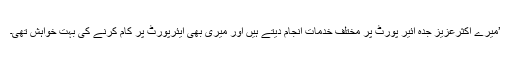
’میرے اکثرعزیز جدہ ائیر پورٹ پر مختلف خدمات انجام دیتے ہیں اور میری بھی ایئرپورٹ پر کام کرنے کی بہت خواہش تھی۔